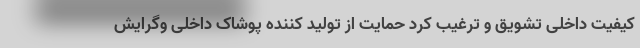
کیفیت داخلی تشویق و ترغیب کرد حمایت از تولید کننده پوشاک داخلی و‌گرایش